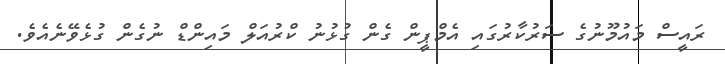
ރައީސް މައުމޫނުގެ ސަރުކާރުގައި އެމްޕީން ގެން ގުޅުނު ކްރުއަލް މައިންޑް ނުގެން ގުޅެވޭނެއެވެ.